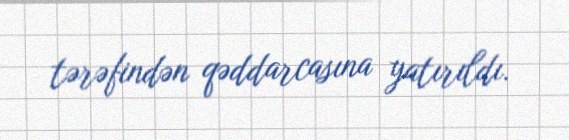
tərəfindən qəddarcasına yatırıldı.